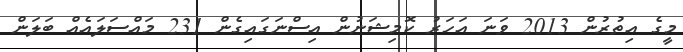
މީގެ އިތުރުން 2013 ވަނަ އަހަރު ކޮމިޝަނުން އިސްނަގައިގެން 231 މައްސަލައެއް ބަލަން